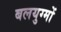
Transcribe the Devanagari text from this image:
बलयुग्मों